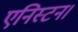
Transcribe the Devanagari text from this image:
एनिस्टन।